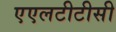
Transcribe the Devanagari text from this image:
एएलटीटीसी